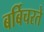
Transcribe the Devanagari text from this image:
बर्बिचरते